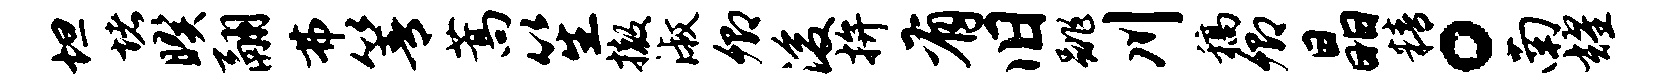
坦堵暌翮弗箐蒿笙撤淑卿浚拚有旧跳川稿卿晶精。南耀